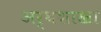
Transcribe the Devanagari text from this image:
अर्थशाखा